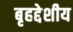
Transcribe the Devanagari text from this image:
बृहद्देशीय